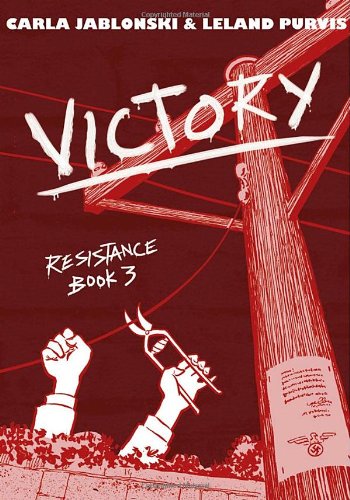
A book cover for Victory: Resistance Book 3; Carla Jablonski; Teen & Young Adult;